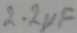
Text: 2.2µF